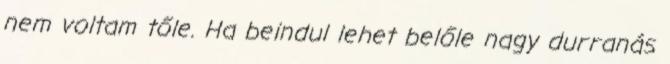
nem voltam tőle. Ha beindul lehet belőle nagy durranás